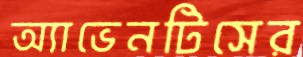
অ্যাভেনটিসের